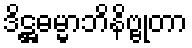
ဒိဋ္ဌဓမ္မာဘိနိဗ္ဗုတာ